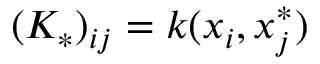
( K _ { * } ) _ { i j } = k ( x _ { i } , x _ { j } ^ { * } )